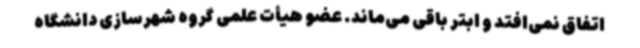
اتفاق نمی‌افتد و ابتر باقی می‌ماند. عضو هیأت علمی گروه شهرسازی دانشگاه